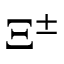
\Xi ^ { \pm }